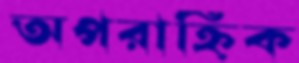
অপরাহ্নিক